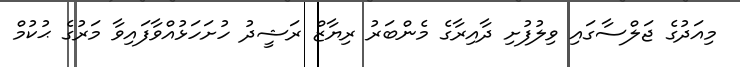
މިއަދުގެ ޖަލްސާގައި ވިލުފުށި ދާއިރާގެ މެންބަރު ރިޔާޒް ރަޝީދު ހުށަހަޅުއްވާފައިވާ މަރުގެ ޙުކުމް